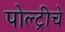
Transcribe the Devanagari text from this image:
पोल्ट्रीचे